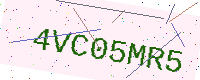
Text: 4VC05MR5